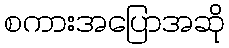
စကားအပြောအဆို